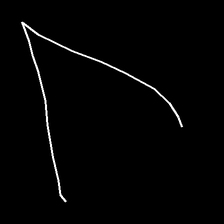
Glyph: region